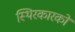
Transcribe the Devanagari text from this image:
स्थिरकारकों